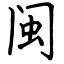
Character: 闽